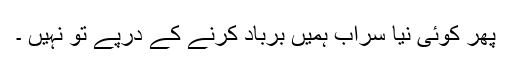
پھر کوئی نیا سراب ہمیں برباد کرنے کے درپے تو نہیں ۔